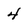
Character: 4